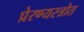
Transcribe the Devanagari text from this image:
प्रेरण्यस्त्रोत